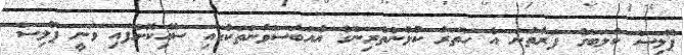
ޕޮލިސް ކުލަބްގެ ފަރާތުން އެ ހަތަރު ކުޅުންތެރިންގެ އެއްބަސްވުންތަކުގައި ސޮއިކޮށްފައި ވަނީ ޕޮލިސް